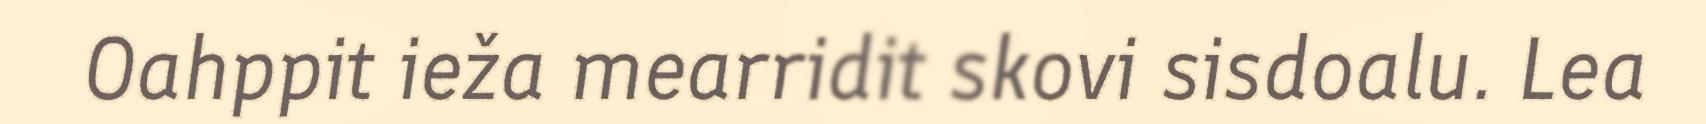
Oahppit ieža mearridit skovi sisdoalu. Lea